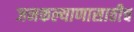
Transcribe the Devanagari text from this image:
जनकल्याणासाठीच